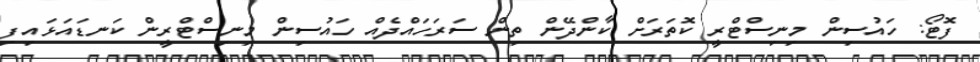
ފޮޓޯ: ހައުސިން މިނިސްޓްރީ ކޮތަރަށް ކާންދޭން ތިން ސަރަހައްދެއް ހައުސިން މިނިސްޓްރީން ކަނޑައަޅައިފި